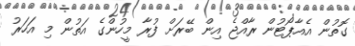
ގޮތުން އެއާޕޯޓުން ރާއްޖެ އިން ބޭރަށް ފުރާ މީހުންގެ އަތުން މި އަހަރު